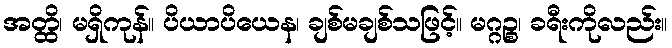
အတ္ထိ၊ မရှိကုန်။ ပိယာပိယေန၊ ချစ်မချစ်သဖြင့်။ မဂ္ဂဉ္စ၊ ခရီးကိုလည်း။